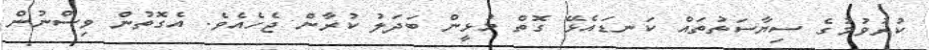
ކުރުވުމުގެ ސިޔާސަތުތައް ކަނޑައެޅޭ ގޮތް މުޅީން ބަދަލު ކުރާން ޖެހެއެވެ. އެގޮތުން ވިސްނުން